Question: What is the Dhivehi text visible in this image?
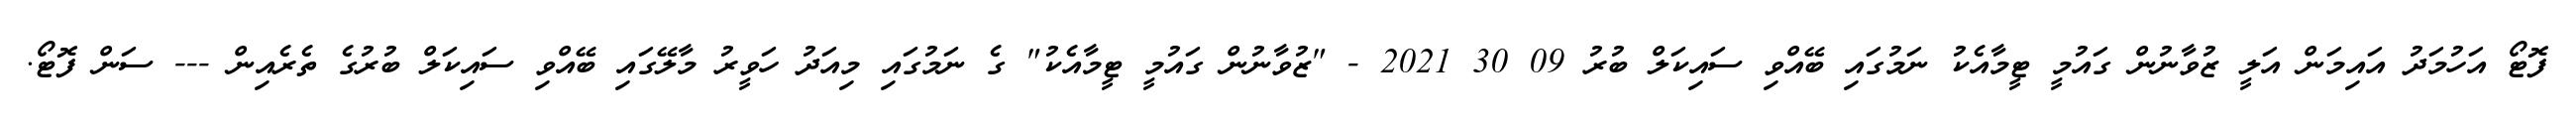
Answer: ފޮޓޯ އަހުމަދު އައިމަން އަލީ ޒުވާނުން ގައުމީ ޓީމާއެކު ނަމުގައި ބޭއްވި ސައިކަލް ބުރު 09 30 2021 - "ޒުވާނުން ގައުމީ ޓީމާއެކު" ގެ ނަމުގައި މިއަދު ހަވީރު މާލޭގައި ބޭއްވި ސައިކަލް ބުރުގެ ތެރެއިން --- ސަން ފޮޓޯ.